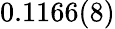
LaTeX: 0.1166(8)